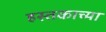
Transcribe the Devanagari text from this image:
हस्तकाच्या